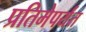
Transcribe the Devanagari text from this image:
प्रतिमेपर्यंत